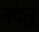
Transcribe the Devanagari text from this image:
नंदनु